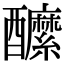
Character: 醿